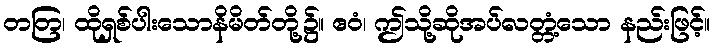
တတြ၊ ထိုရှစ်ပါးသောနိမိတ်တို့၌။ ဧဝံ၊ ဤသို့ဆိုအပ်လတ္တံ့သော နည်းဖြင့်။